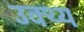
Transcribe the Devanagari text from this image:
उक्थ्य